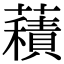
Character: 𧂐